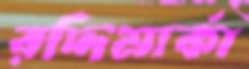
রদ্দিমার্কা